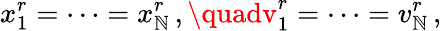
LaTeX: x_{1}^{r}=\cdots=x_{\mathbb{N}}^{r}\, ,\quadv_{1}^{r}=\cdots=v_{\mathbb{N}}^{r}\, ,